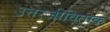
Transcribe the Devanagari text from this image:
उत्तरजीविताक